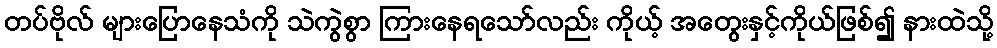
တပ်ဗိုလ် များပြောနေသံကို သဲကွဲစွာ ကြားနေရသော်လည်း ကိုယ့် အတွေးနှင့်ကိုယ်ဖြစ်၍ နားထဲသို့